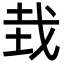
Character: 㘽